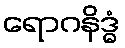
ရောဂနိဒ္ဓံ